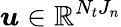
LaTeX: \boldsymbol{u}\in\mathbb{R}^{N_{t}J_{n}}